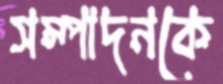
সম্পাদনকে